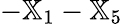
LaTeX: -{\mathbb X}_{1}-{\mathbb X}_{5}